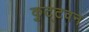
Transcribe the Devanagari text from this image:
कुट्टवन